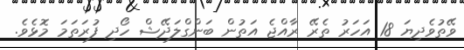
ވޭތުވެދިޔަ 18 އަހަރު ތެރޭ ރާއްޖެ އަތުން ބަންގްލަދޭޝް ހޯދި ފުރަތަމަ މޮޅެވެ.